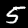
Digit: 5